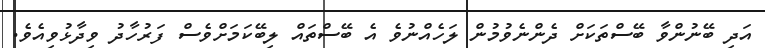
އަދި ބޭނުންވާ ބޭސްތަކަށް ދެންނެވުމުން ލަހެއްނުވެ އެ ބޭސްތައް ލިބޭކަމަށްވެސް ފަރުހާދު ވިދާޅުވިއެވެ.